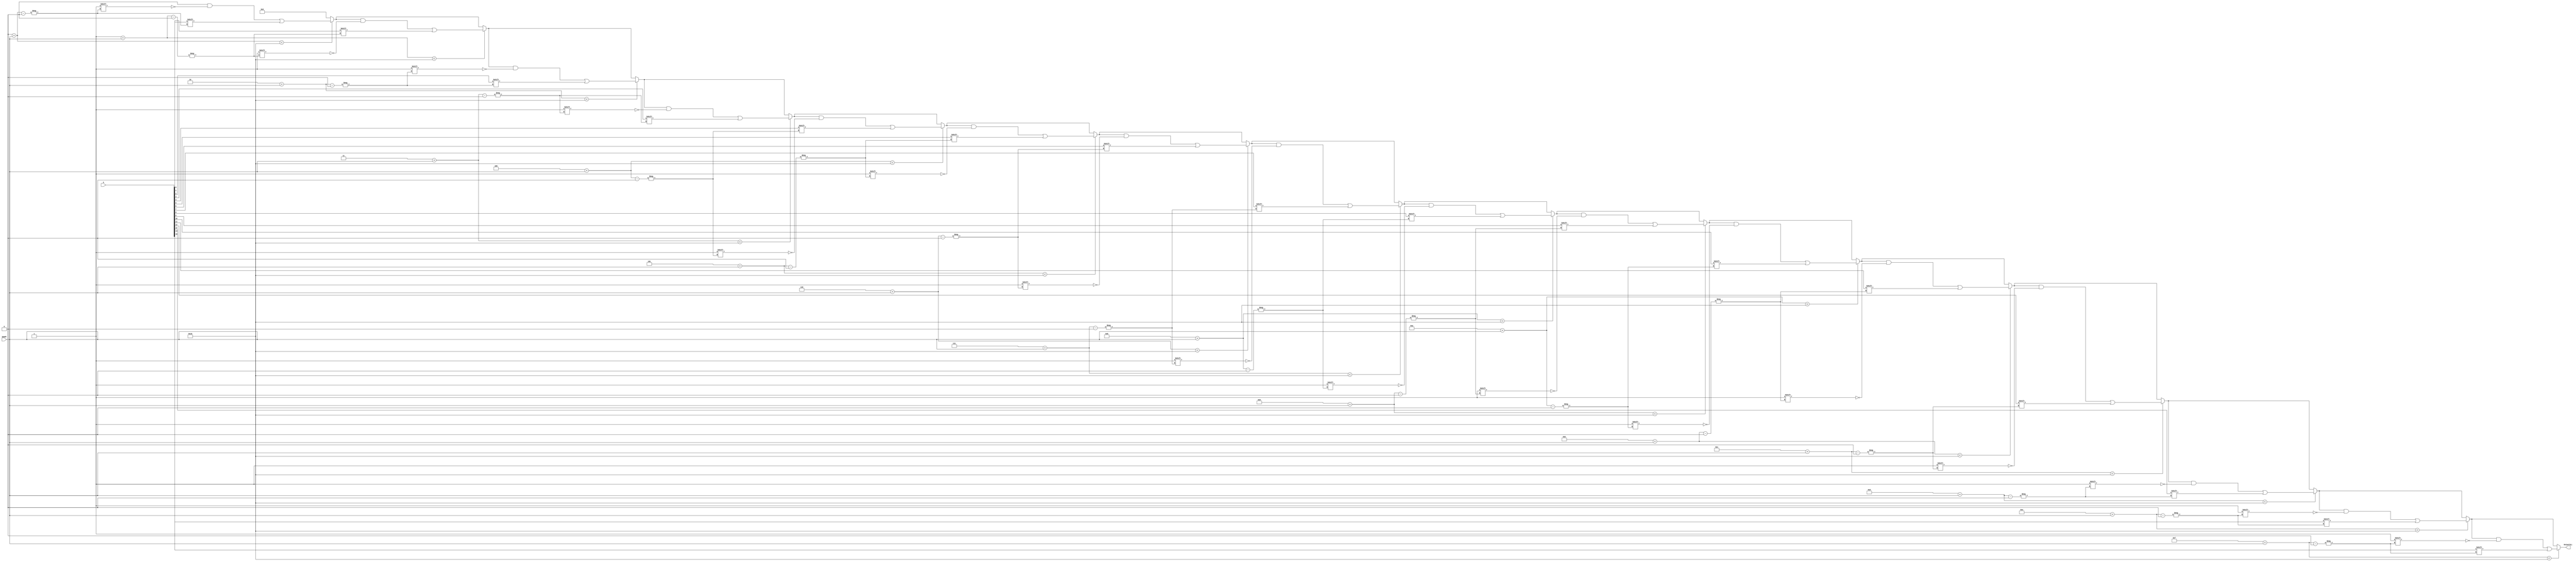
`timescale 1ns / 1ps
//////////////////////////////////////////////////////////////////////////////////
// Company: 
// Engineer: 
// 
// Design Name: 
// Module Name: SLL
// Project Name: 
// Target Devices: 
// Tool Versions: 
// Description: 
// 
// Dependencies: 
// 
// Revision:
// Revision 0.01 - File Created
// Additional Comments:
// 
//////////////////////////////////////////////////////////////////////////////////


module SLL(
    input [15:0] A,
    input [3:0] SHAMT,
    output [15:0] OutputSLL
    );
    
    reg [15:0] result;
    integer i;

    always@* begin
        result = 16'b0; // nfillim i bojna krejt me 0

        for (i = 0; i < 16; i = i + 1) begin
            if (i + SHAMT < 16) begin
                result[i + SHAMT] = A[i];
            end
        end
    end

    assign OutputSLL = result;
endmodule